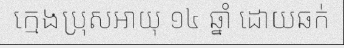
ក្មេងប្រុសអាយុ ១៤ ឆ្នាំ ដោយឆក់